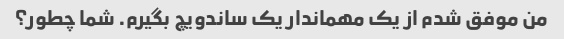
من موفق شدم از یک مهماندار یک ساندویچ بگیرم. شما چطور؟